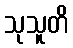
သုသူတိ